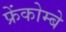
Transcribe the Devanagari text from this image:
फ्रेंकोम्बे